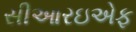
સીઆરઇએફ